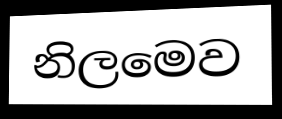
නිලමෙව